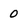
Character: 0